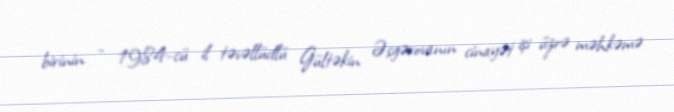
birinin - 1984-cü il təvəllüdlü Gültəkin Əsgərovanın cinayət işi üzrə məhkəmə